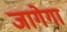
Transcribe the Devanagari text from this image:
जागेगा